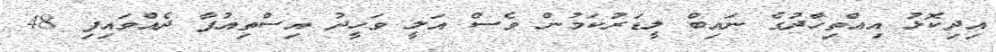
އިދިކޮޅު އިއްތިހާދުގެ ނައިބް ލީޑަރުކަމުން ވެސް އަލީ ވަހީދު އިސްތިއުފާ ދެއްވައިފި 48